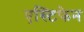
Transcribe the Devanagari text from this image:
एस्टिफेन